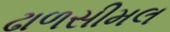
ઢાળસીમલ